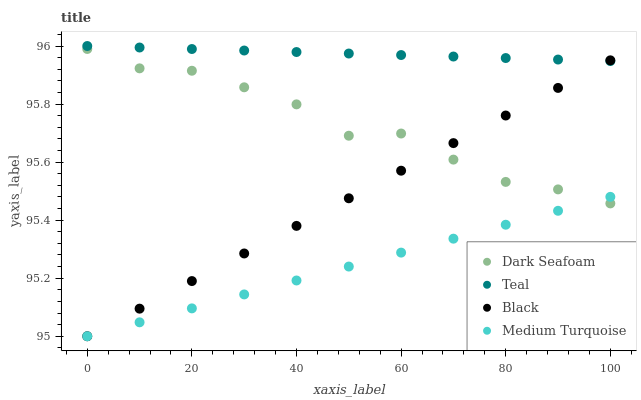
| xaxis_label | Dark Seafoam | Teal | Black | Medium Turquoise |
 | --- | --- | --- | --- | --- |
 | 0 | 96 | 96 | 95 | 95 |
 | 10 | 95.9 | 96 | 95.1 | 95 |
 | 20 | 95.9 | 96 | 95.2 | 95.1 |
 | 30 | 95.9 | 96 | 95.3 | 95.1 |
 | 40 | 95.8 | 96 | 95.4 | 95.2 |
 | 50 | 95.7 | 96 | 95.5 | 95.2 |
 | 60 | 95.7 | 96 | 95.6 | 95.3 |
 | 70 | 95.6 | 96 | 95.7 | 95.3 |
 | 80 | 95.5 | 96 | 95.8 | 95.4 |
 | 90 | 95.5 | 96 | 95.9 | 95.4 |
 | 100 | 95.5 | 95.9 | 96 | 95.5 |